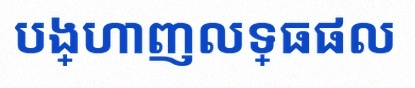
បង្ហាញលទ្ធផល